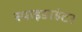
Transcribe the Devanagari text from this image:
स्पाइडरहंटर